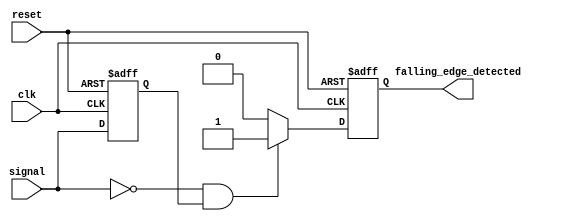
module FallingEdgeDetector (
    input wire clk,                // System clock
    input wire reset,              // Asynchronous reset
    input wire signal,             // Input signal to detect falling edge
    output reg falling_edge_detected // Falling edge detected output
);

// Internal signal to hold the previous state of the input signal
reg previous_signal;

// Sequential logic for D Flip-Flop to store the previous state
always @(posedge clk or posedge reset) begin
    if (reset) begin
        previous_signal <= 1'b0;   // Initial state on reset
    end else begin
        previous_signal <= signal;  // Capture current signal on clock edge
    end
end

// Combinational logic to detect falling edge
always @(posedge clk or posedge reset) begin
    if (reset) begin
        falling_edge_detected <= 1'b0; // Reset output
    end else begin
        // Falling edge detected if current signal is low and previous was high
        falling_edge_detected <= (signal == 1'b0 && previous_signal == 1'b1) ? 1'b1 : 1'b0;
    end
end

endmodule